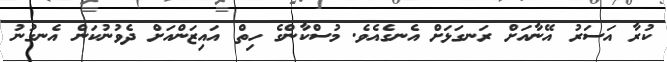
ކުރާ އަސަރު އޭނާއަށް ރަނގަޅަށް އެނގެއެވެ. މުސްކާންގެ ހިތް އައިޒަންއަށް ދެވުނުކަން އެނގުނު